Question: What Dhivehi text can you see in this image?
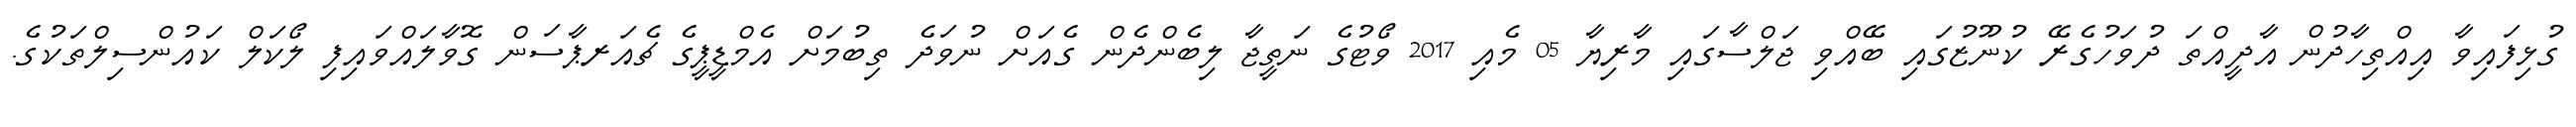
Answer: ގުޅިފައިވާ އިއްތިހާދުން އާދީއްތަ ދުވަހުގެރޭ ކުނޫޒުގައި ބޭއްވި ޖަލްސާގައި މާރިޔާ 05 މެއި 2017 ވޯޓުގެ ނަތީޖާ ލިބެންދެން ގެއަށް ނުވަދެ ތިބުމަށް އެމްޑީޕީގެ ޗެއަރޕާސަން ގޮވާލައްވައިފި ލޯކަލް ކައުންސިލްތަކުގެ.